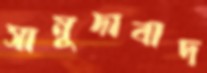
সামুদাবাদ